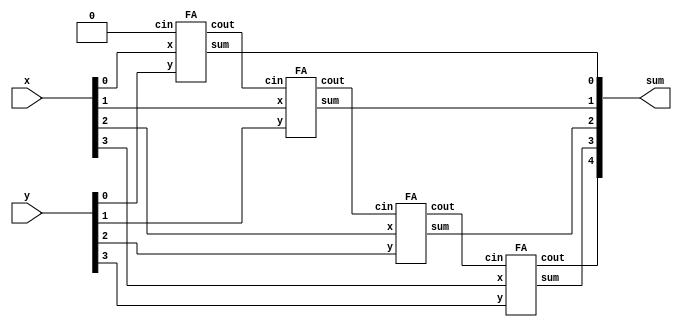
module top_module(
    input [3:0] x,
    input [3:0] y,
    output [4:0] sum
);
wire [3:0]cout;
FA fa0(x[0],y[0],1'b0    ,cout[0] ,sum[0]);
FA fa1(x[1],y[1],cout[0] ,cout[1] ,sum[1]);
FA fa2(x[2],y[2],cout[1] ,cout[2] ,sum[2]);
FA fa3(x[3],y[3],cout[2] ,cout[3] ,sum[3]);
assign sum[4]=cout[3];



endmodule










module FA(
    input x,
    input y,
    input cin,
    output cout,
    output sum
);

assign {cout,sum}=x+y+cin;


endmodule